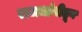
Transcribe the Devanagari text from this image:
राजधांनीतून